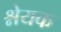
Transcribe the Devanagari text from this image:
श्नेयक